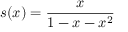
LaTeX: s ( x ) = { \frac { x } { 1 - x - x ^ { 2 } } }